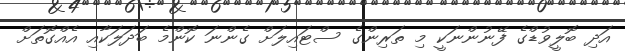
އަދި ބޮލީވުޑްގެ ފޭނުންނަކީ މި ތަރިންގެ ސްޓައިލަށް ގެންނަ ކޮންމެ ބަދަލަކާއި އެއްގޮތަށް